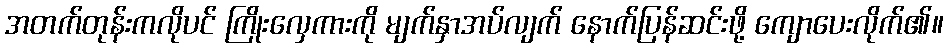
အတက်တုန်းကလိုပင် ကြိုးလှေကားကို မျက်နှာအပ်လျက် နောက်ပြန်ဆင်းဖို့ ကျောပေးလိုက်၏။